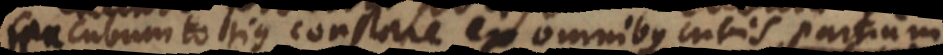
cubum totius constare ex omnibus cubis partium,